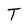
Character: T